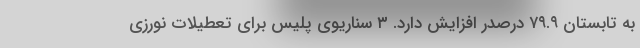
به تابستان ۷۹.۹ درصدر افزایش دارد. ۳ سناریوی پلیس برای تعطیلات نورزی